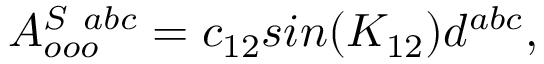
A _ { o o o } ^ { S \ a b c } = c _ { 1 2 } s i n ( K _ { 1 2 } ) d ^ { a b c } ,